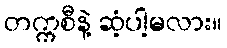
တက္ကစီနဲ့ ဆံ့ပါ့မလား။